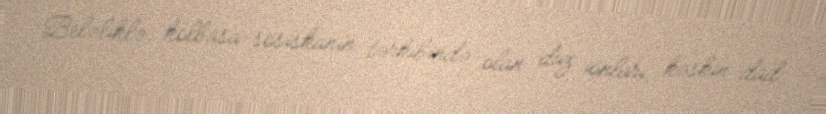
Beləliklə, kolbasa-sosiskanın tərkibində olan duz ionları, kəskin dad